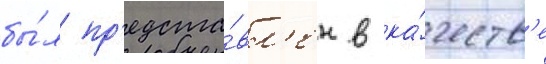
бы́л пр'едста́вл'ен в ка́честв'е